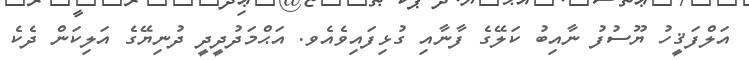
އަލްފަޤީހު ޔޫސުފު ނާއިބު ކަލޭގެ ފާނާއި ގުޅިފައިވެއެވ. އަޙްމަދުދީދީ ދުނިޔޭގެ އަލިކަން ދެކެ